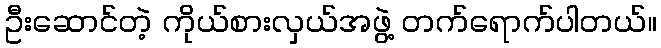
ဦးဆောင်တဲ့ ကိုယ်စားလှယ်အဖွဲ့ တက်ရောက်ပါတယ်။